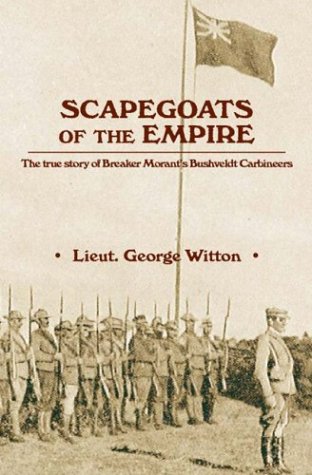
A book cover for Scapegoats of the Empire: The True Story of Breaker Morant's Bushveldt Carbineers; George Witton; History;